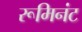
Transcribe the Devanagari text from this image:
रूमिनंट